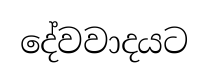
දේවවාදයට